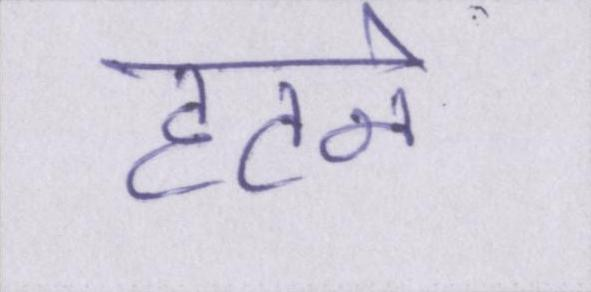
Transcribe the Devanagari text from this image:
हटने